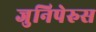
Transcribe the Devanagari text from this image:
जुनिपेरुस